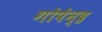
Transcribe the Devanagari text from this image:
गोपेन्द्र